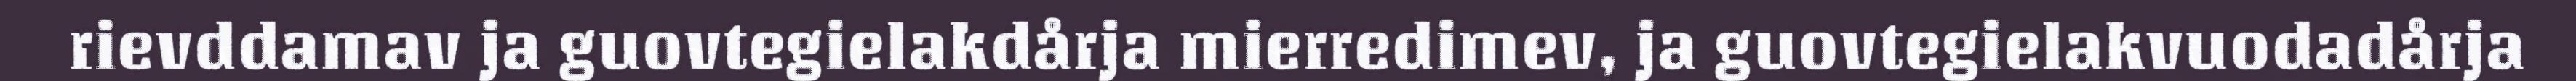
rievddamav ja guovtegielakdårja mierredimev, ja guovtegielakvuodadårja